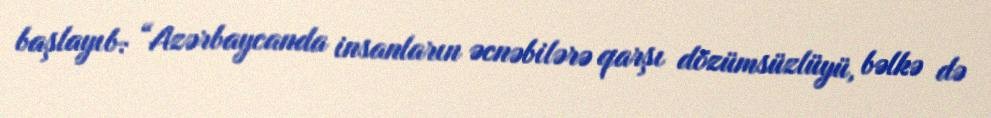
başlayıb: “Azərbaycanda insanların əcnəbilərə qarşı dözümsüzlüyü, bəlkə də